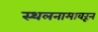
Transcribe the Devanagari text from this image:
स्थलनामावरून